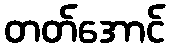
တတ်အောင်